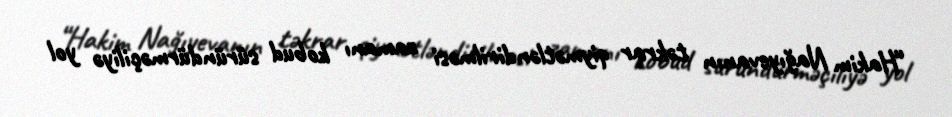
“Hakim Nağıyevanın təkrar qiymətləndirilməsi zamanı kobud süründürməçiliyə yol